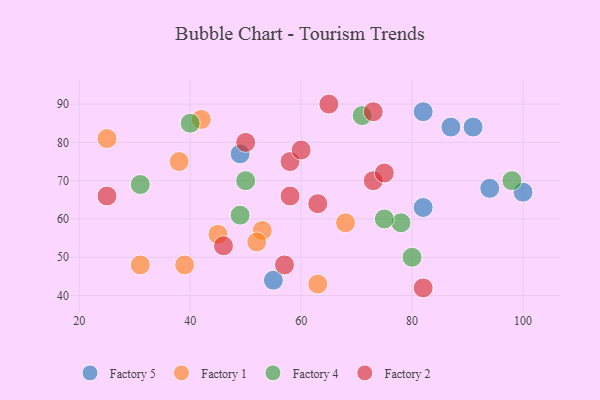
{"axis": {"x": "GDP", "y": "Life Expectancy"}, "legend": ["Factory 1", "Factory 2", "Factory 4", "Factory 5"], "data": [{"x": "91", "y": 84, "type": "Factory 5"}, {"x": "94", "y": 68, "type": "Factory 5"}, {"x": "82", "y": 63, "type": "Factory 5"}, {"x": "82", "y": 88, "type": "Factory 5"}, {"x": "55", "y": 44, "type": "Factory 5"}, {"x": "87", "y": 84, "type": "Factory 5"}, {"x": "100", "y": 67, "type": "Factory 5"}, {"x": "49", "y": 77, "type": "Factory 5"}, {"x": "42", "y": 86, "type": "Factory 1"}, {"x": "68", "y": 59, "type": "Factory 1"}, {"x": "25", "y": 81, "type": "Factory 1"}, {"x": "63", "y": 43, "type": "Factory 1"}, {"x": "53", "y": 57, "type": "Factory 1"}, {"x": "38", "y": 75, "type": "Factory 1"}, {"x": "52", "y": 54, "type": "Factory 1"}, {"x": "39", "y": 48, "type": "Factory 1"}, {"x": "45", "y": 56, "type": "Factory 1"}, {"x": "31", "y": 48, "type": "Factory 1"}, {"x": "80", "y": 50, "type": "Factory 4"}, {"x": "49", "y": 61, "type": "Factory 4"}, {"x": "98", "y": 70, "type": "Factory 4"}, {"x": "31", "y": 69, "type": "Factory 4"}, {"x": "40", "y": 85, "type": "Factory 4"}, {"x": "71", "y": 87, "type": "Factory 4"}, {"x": "78", "y": 59, "type": "Factory 4"}, {"x": "75", "y": 60, "type": "Factory 4"}, {"x": "50", "y": 70, "type": "Factory 4"}, {"x": "63", "y": 64, "type": "Factory 2"}, {"x": "65", "y": 90, "type": "Factory 2"}, {"x": "73", "y": 88, "type": "Factory 2"}, {"x": "58", "y": 75, "type": "Factory 2"}, {"x": "60", "y": 78, "type": "Factory 2"}, {"x": "50", "y": 80, "type": "Factory 2"}, {"x": "46", "y": 53, "type": "Factory 2"}, {"x": "57", "y": 48, "type": "Factory 2"}, {"x": "82", "y": 42, "type": "Factory 2"}, {"x": "73", "y": 70, "type": "Factory 2"}, {"x": "75", "y": 72, "type": "Factory 2"}, {"x": "58", "y": 66, "type": "Factory 2"}, {"x": "25", "y": 66, "type": "Factory 2"}]}